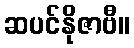
ဆပင်နိုဇာဗီ။